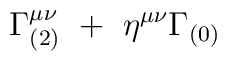
\Gamma^{\mu\nu}_{(2)} ~+~ \eta^{\mu\nu} \Gamma_{(0)}